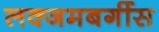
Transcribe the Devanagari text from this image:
लक्जमबर्गीस